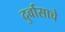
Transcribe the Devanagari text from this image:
दुर्वासाचे